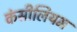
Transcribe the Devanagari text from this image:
कंसीलियम